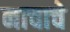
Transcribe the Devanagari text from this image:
नाचाचे